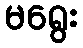
မရွေး